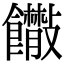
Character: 𩟴